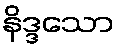
နိဒ္ဒသော